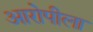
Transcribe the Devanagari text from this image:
आरोपीला